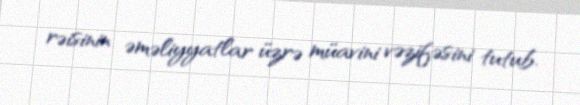
rəisinin əməliyyatlar üzrə müavini vəzifəsini tutub.